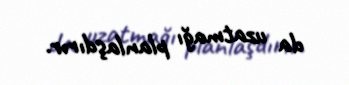
da uzatmağı planlaşdırır.